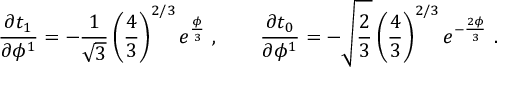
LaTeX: { \frac { \partial t _ { 1 } } { \partial \phi ^ { 1 } } } = - { \frac { 1 } { \sqrt 3 } } \left( { \frac { 4 } { 3 } } \right) ^ { 2 / 3 } e ^ { { \frac { \phi } { 3 } } } \ , \qquad { \frac { \partial t _ { 0 } } { \partial \phi ^ { 1 } } } = - \sqrt { \frac { 2 } { 3 } } \left( { \frac { 4 } { 3 } } \right) ^ { 2 / 3 } e ^ { - { \frac { 2 \phi } { 3 } } } \ .